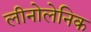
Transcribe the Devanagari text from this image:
लीनोलेनिक